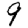
Digit: 9